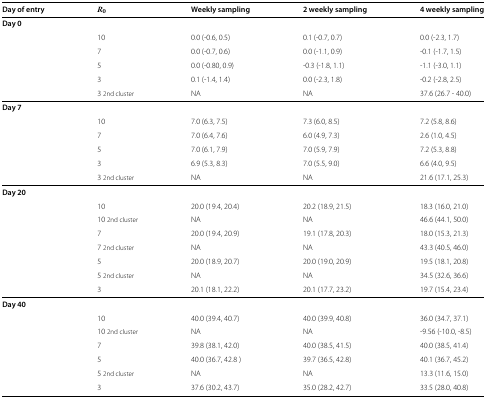
<table><thead><tr><td><b>Day of entry</b></td><td><b><i>R</i><sub><i>0</i></sub></b></td><td><b>Weekly sampling</b></td><td><b>2 weekly sampling</b></td><td><b>4 weekly sampling</b></td></tr></thead><tbody><tr><td><b>Day 0</b></td><td></td><td></td><td></td><td></td></tr><tr><td></td><td>10</td><td>0.0 (-0.6, 0.5)</td><td>0.1 (-0.7, 0.7)</td><td>0.0 (-2.3, 1.7)</td></tr><tr><td></td><td>7</td><td>0.0 (-0.7, 0.6)</td><td>0.0 (-1.1, 0.9)</td><td>-0.1 (-1.7, 1.5)</td></tr><tr><td></td><td>5</td><td>0.0 (-0.80, 0.9)</td><td>-0.3 (-1.8, 1.1)</td><td>-1.1 (-3.0, 1.1)</td></tr><tr><td></td><td>3</td><td>0.1 (-1.4, 1.4)</td><td>0.0 (-2.3, 1.8)</td><td>-0.2 (-2.8, 2.5)</td></tr><tr><td></td><td>3 2nd cluster</td><td>NA</td><td>NA</td><td>37.6 (26.7 - 40.0)</td></tr><tr><td><b>Day 7</b></td><td></td><td></td><td></td><td></td></tr><tr><td></td><td>10</td><td>7.0 (6.3, 7.5)</td><td>7.3 (6.0, 8.5)</td><td>7.2 (5.8, 8.6)</td></tr><tr><td></td><td>7</td><td>7.0 (6.4, 7.6)</td><td>6.0 (4.9, 7.3)</td><td>2.6 (1.0, 4.5)</td></tr><tr><td></td><td>5</td><td>7.0 (6.1, 7.9)</td><td>7.0 (5.9, 7.9)</td><td>7.2 (5.3, 8.8)</td></tr><tr><td></td><td>3</td><td>6.9 (5.3, 8.3)</td><td>7.0 (5.5, 9.0)</td><td>6.6 (4.0, 9.5)</td></tr><tr><td></td><td>3 2nd cluster</td><td>NA</td><td>NA</td><td>21.6 (17.1, 25.3)</td></tr><tr><td><b>Day 20</b></td><td></td><td></td><td></td><td></td></tr><tr><td></td><td>10</td><td>20.0 (19.4, 20.4)</td><td>20.2 (18.9, 21.5)</td><td>18.3 (16.0, 21.0)</td></tr><tr><td></td><td>10 2nd cluster</td><td>NA</td><td>NA</td><td>46.6 (44.1, 50.0)</td></tr><tr><td></td><td>7</td><td>20.0 (19.4, 20.9)</td><td>19.1 (17.8, 20.3)</td><td>18.0 (15.3, 21.3)</td></tr><tr><td></td><td>7 2nd cluster</td><td>NA</td><td>NA</td><td>43.3 (40.5, 46.0)</td></tr><tr><td></td><td>5</td><td>20.0 (18.9, 20.7)</td><td>20.0 (19.0, 20.9)</td><td>19.5 (18.1, 20.8)</td></tr><tr><td></td><td>5 2nd cluster</td><td>NA</td><td>NA</td><td>34.5 (32.6, 36.6)</td></tr><tr><td></td><td>3</td><td>20.1 (18.1, 22.2)</td><td>20.1 (17.7, 23.2)</td><td>19.7 (15.4, 23.4)</td></tr><tr><td><b>Day 40</b></td><td></td><td></td><td></td><td></td></tr><tr><td></td><td>10</td><td>40.0 (39.4, 40.7)</td><td>40.0 (39.9, 40.8)</td><td>36.0 (34.7, 37.1)</td></tr><tr><td></td><td>10 2nd cluster</td><td>NA</td><td>NA</td><td>-9.56 (-10.0, -8.5)</td></tr><tr><td></td><td>7</td><td>39.8 (38.1, 42.0)</td><td>40.0 (38.5, 41.5)</td><td>40.0 (38.5, 41.4)</td></tr><tr><td></td><td>5</td><td>40.0 (36.7, 42.8)</td><td>39.7 (36.5, 42.8)</td><td>40.1 (36.7, 45.2)</td></tr><tr><td></td><td>5 2nd cluster</td><td>NA</td><td>NA</td><td>13.3 (11.6, 15.0)</td></tr><tr><td></td><td>3</td><td>37.6 (30.2, 43.7)</td><td>35.0 (28.2, 42.7)</td><td>33.5 (28.0, 40.8)</td></tr></tbody></table>